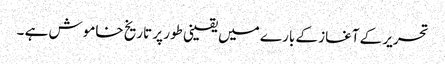
تحریر کے آغاز کے بارے میں یقینی طور پر تاریخ خاموش ہے ۔